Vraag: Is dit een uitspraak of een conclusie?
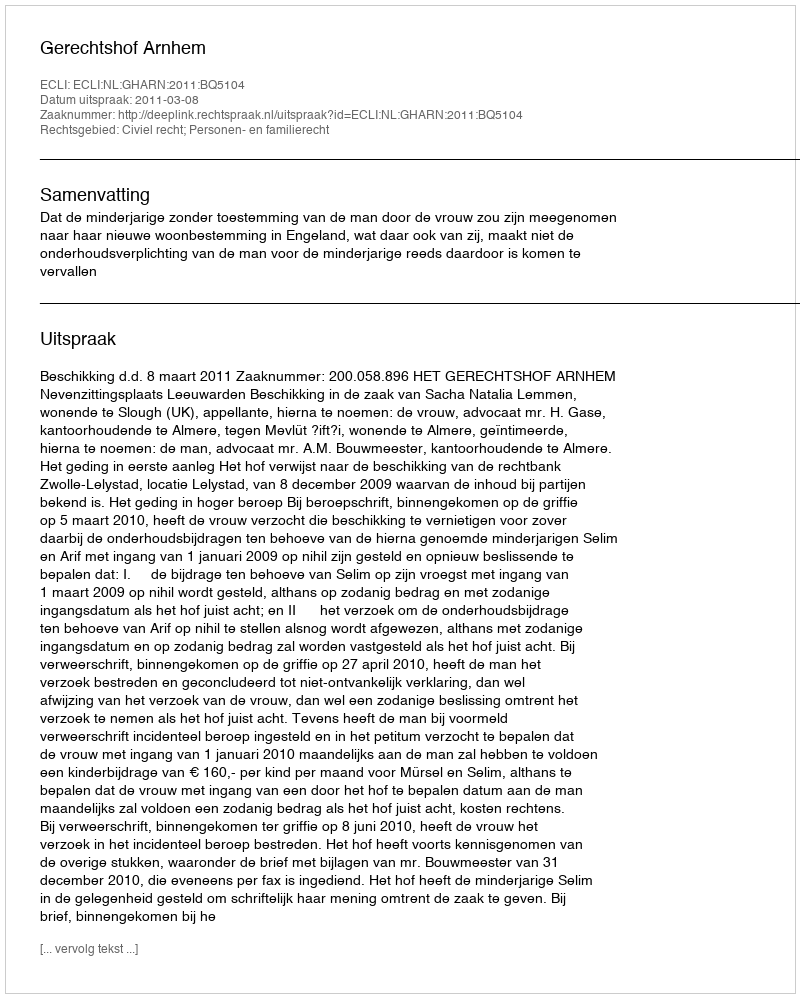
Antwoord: Uitspraak